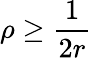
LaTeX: \rho\ge\frac{1}{2r}